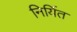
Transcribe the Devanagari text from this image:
निर्यित